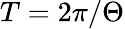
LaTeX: T=2\pi/\Theta